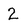
Character: 2